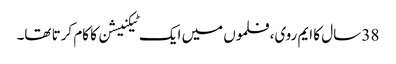
38 سال کا ایم روی، فلموں میں ایک ٹیکنیشن کا کام کرتا تھا۔